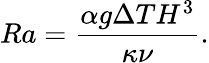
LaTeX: Ra=\frac{\alpha g\Delta TH^{3}}{\kappa\nu}.